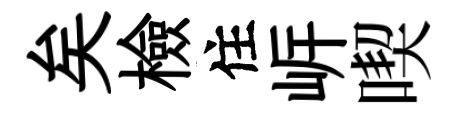
矣檢住㟁喫